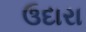
ઉદારા